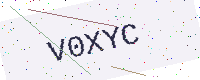
Text: V0XYC